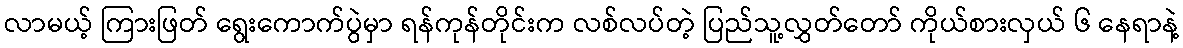
လာမယ့် ကြားဖြတ် ရွေးကောက်ပွဲမှာ ရန်ကုန်တိုင်းက လစ်လပ်တဲ့ ပြည်သူ့လွှတ်တော် ကိုယ်စားလှယ် ၆ နေရာနဲ့